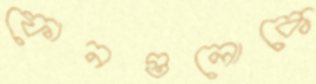
ফোনগুলোকে